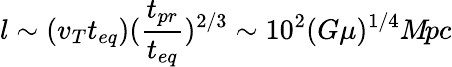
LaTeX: l\sim(v_{T}t_{eq})(\frac{t_{pr}}{t_{eq}})^{2/3}\sim 10^{2}(G\mu)^{1/4}M\! pc